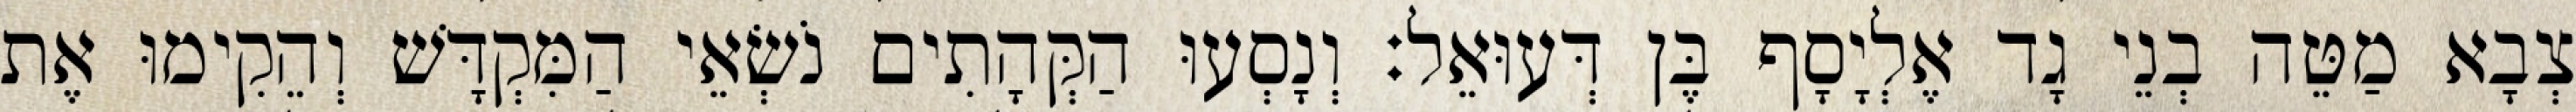
צְבָא מַטֵּה בְנֵי גָד אֶלְיָסָף בֶּן דְּעוּאֵל׃ וְנָסְעוּ הַקְּהָתִים נֹשְׂאֵי הַמִּקְדָּשׁ וְהֵקִימוּ אֶת